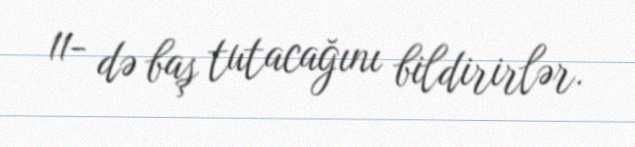
11- də baş tutacağını bildirirlər.